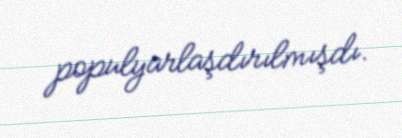
populyarlaşdırılmışdı.